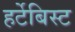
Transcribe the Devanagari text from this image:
हर्टेबिस्ट